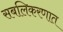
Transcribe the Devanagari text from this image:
सबलिकरणात